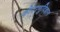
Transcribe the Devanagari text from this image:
कीटाणुविज्ञान